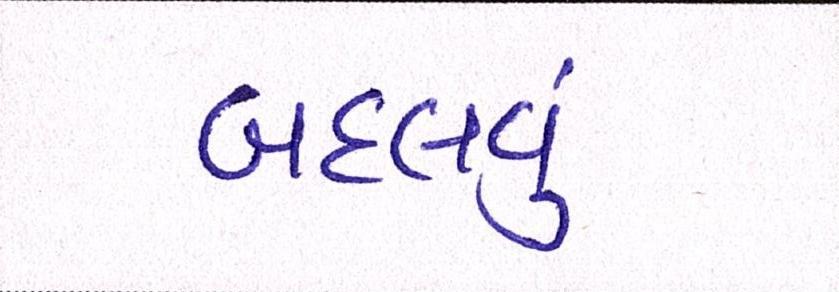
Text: બદલવું